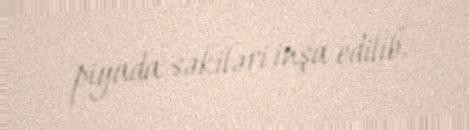
piyada səkiləri inşa edilib.